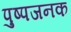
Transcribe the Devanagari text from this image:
पुष्पजनक